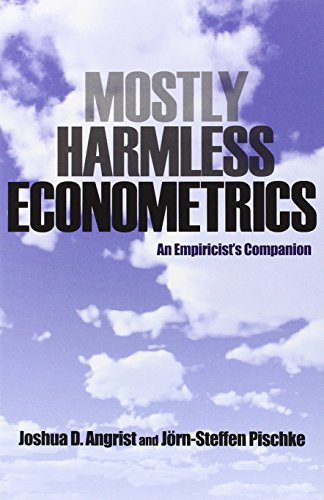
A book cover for Mostly Harmless Econometrics: An Empiricist's Companion; Joshua D. Angrist; Business & Money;